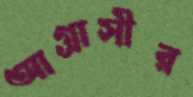
আগ্রাসীর